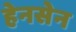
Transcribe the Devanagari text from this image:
हेनसेन